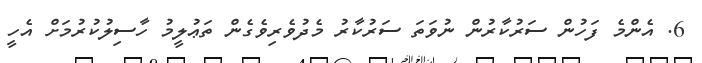
6. އެންމެ ފަހުން ސަރުކާރުން ނުވަތަ ސަރުކާރު މެދުވެރިވެގެން ތަޢުލީމު ހާސިލުކުރުމަށް އެހީ